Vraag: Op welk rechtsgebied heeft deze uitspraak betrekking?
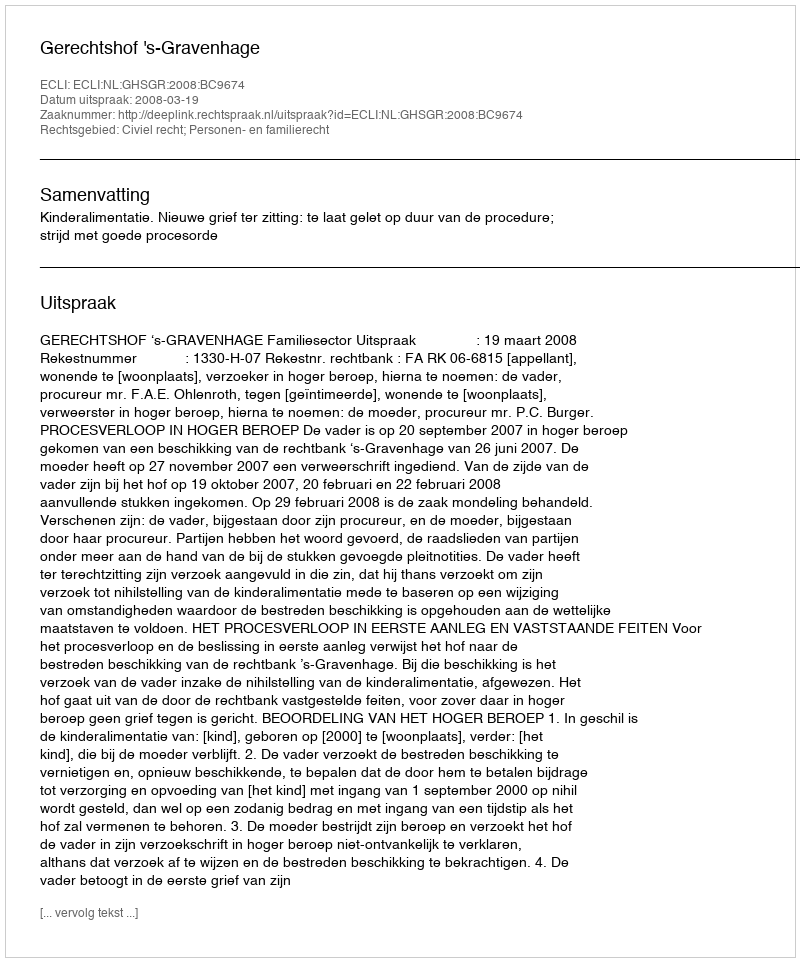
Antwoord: Civiel recht; Personen- en familierecht